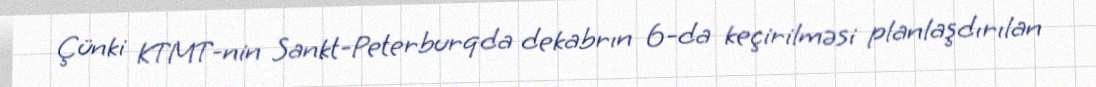
Çünki KTMT-nin Sankt-Peterburqda dekabrın 6-da keçirilməsi planlaşdırılan